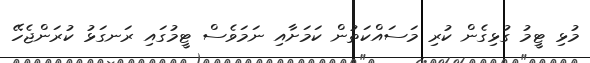
މުޅި ޓީމު ގުޅިގެން ކުރި މަސައްކަތުން ކަމަށާއި ނަމަވެސް ޓީމުގައި ރަނގަޅު ކުރަންޖެހޭ